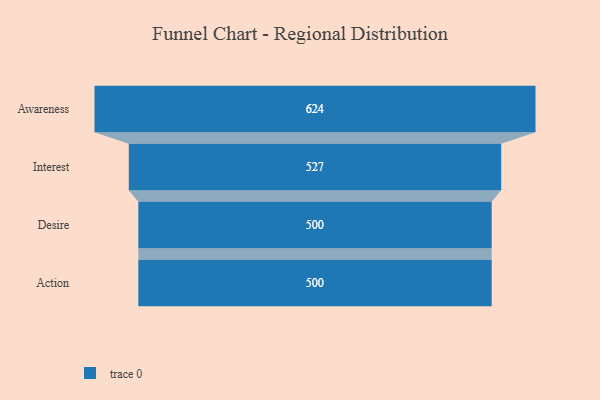
{"axis": {"x": "Stage", "y": "Value"}, "legend": [""], "data": [{"x": "Awareness", "y": 624.0, "type": ""}, {"x": "Interest", "y": 527.0, "type": ""}, {"x": "Desire", "y": 500, "type": ""}, {"x": "Action", "y": 500, "type": ""}]}